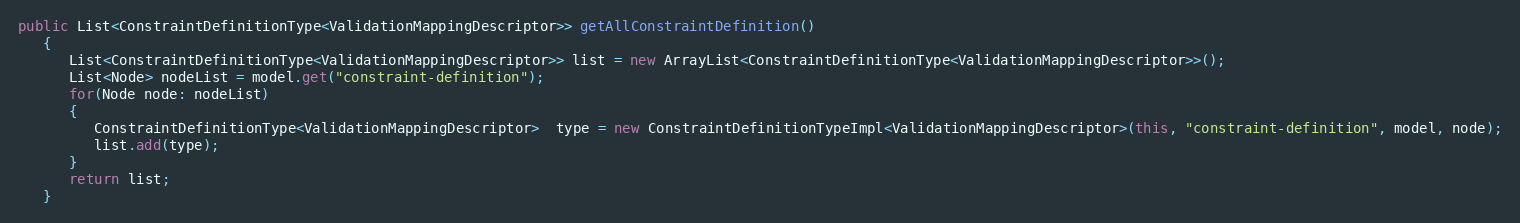
Language: Java
public List<ConstraintDefinitionType<ValidationMappingDescriptor>> getAllConstraintDefinition()
   {
      List<ConstraintDefinitionType<ValidationMappingDescriptor>> list = new ArrayList<ConstraintDefinitionType<ValidationMappingDescriptor>>();
      List<Node> nodeList = model.get("constraint-definition");
      for(Node node: nodeList)
      {
         ConstraintDefinitionType<ValidationMappingDescriptor>  type = new ConstraintDefinitionTypeImpl<ValidationMappingDescriptor>(this, "constraint-definition", model, node);
         list.add(type);
      }
      return list;
   }